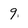
Character: 9